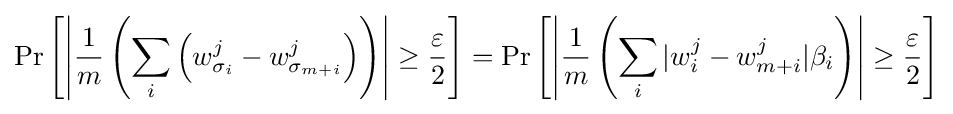
\Pr \left[\left|{\frac {1}{m}}\left(\sum _{i}\left(w_{\sigma _{i}}^{j}-w_{\sigma _{m+i}}^{j}\right)\right)\right|\geq {\frac {\varepsilon }{2}}\right]=\Pr \left[\left|{\frac {1}{m}}\left(\sum _{i}|w_{i}^{j}-w_{m+i}^{j}|\beta _{i}\right)\right|\geq {\frac {\varepsilon }{2}}\right]